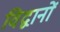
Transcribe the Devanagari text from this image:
विद्वानों